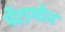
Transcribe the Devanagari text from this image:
पेंटागोन